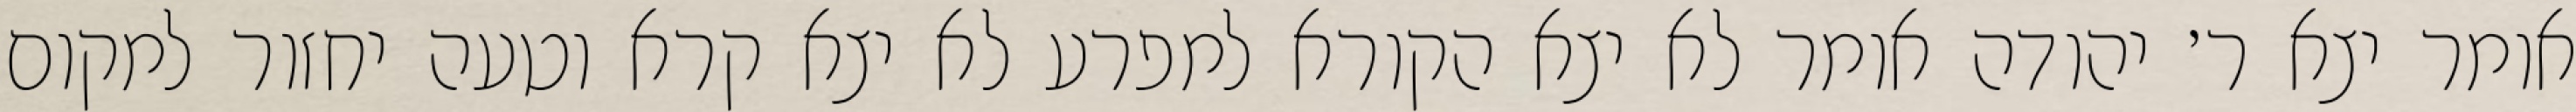
אומר יצא ר׳ יהודה אומר לא יצא הקורא למפרע לא יצא קרא וטעה יחזור למקום